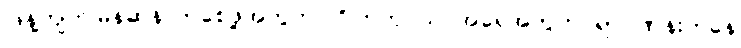
ဖြန့်ကျက်မြန်ဆန်လာစေဖို့အတွက် ဂြိုဟ်တုငယ် အရေအတွက် ရာဂဏန်းကနေ